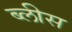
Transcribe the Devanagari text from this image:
ब्लीस